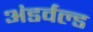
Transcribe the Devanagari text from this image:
अंडर्वल्ड